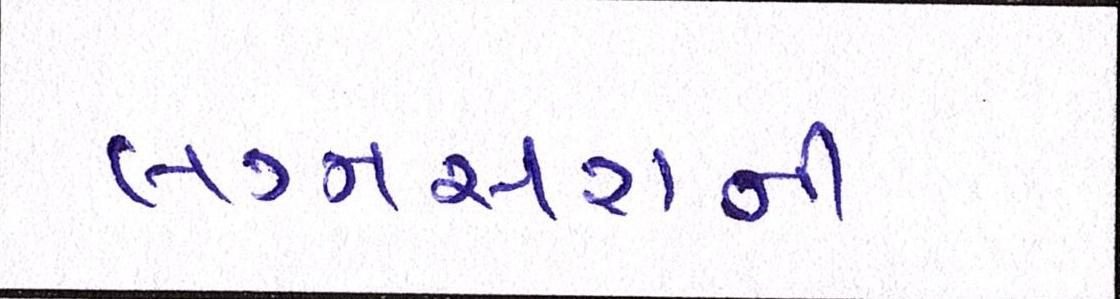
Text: લગ્નસરાની